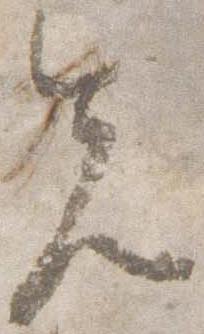
先